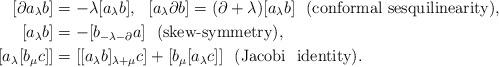
LaTeX: \begin{align*}[\partial a_\lambda b]&=-\lambda[a_\lambda b],\ \ [ a_\lambda \partial b]=(\partial+\lambda)[a_\lambda b] \ \ \mbox{(conformal\ sesquilinearity)},\\{[a_\lambda b]} &= -[b_{-\lambda-\partial}a] \ \ \mbox{(skew-symmetry)},\\{[a_\lambda[b_\mu c]]}&=[[a_\lambda b]_{\lambda+\mu}c]+[b_\mu[a_\lambda c]]\ \ \mbox{(Jacobi \ identity)}.\end{align*}